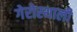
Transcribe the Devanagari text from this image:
गेरोस्थाली